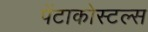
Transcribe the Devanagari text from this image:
पेंटाकोस्टल्स